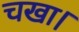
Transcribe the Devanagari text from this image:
चखा।